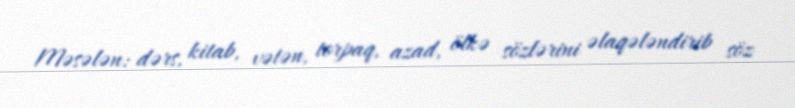
Məsələn: dərs, kitab, vətən, torpaq, azad, ölkə sözlərini əlaqələndirib söz